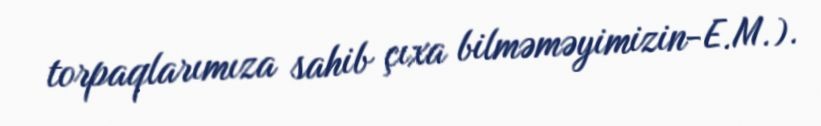
torpaqlarımıza sahib çıxa bilməməyimizin-E.M.).